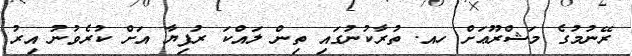
ރޭނުމުގެ މަޝްރޫޢަށް ހއ. ތުރާކުނުގައި ތިން ލައްކަ ރުފިޔާ އަށް ކުރެވުނު އިރު